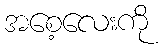
အစေ့လေးကို